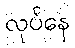
လုပ်နေ